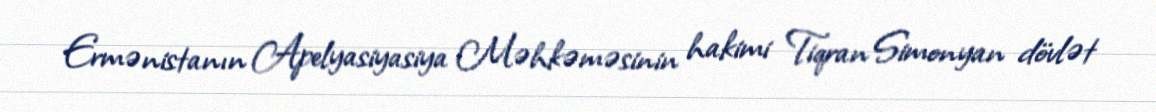
Ermənistanın Apelyasiyasiya Məhkəməsinin hakimi Tiqran Simonyan dövlət